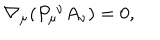
\nabla _ { \mu } ( P _ { \mu } ^ { \; \nu } A _ { \nu } ) = 0 ,